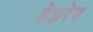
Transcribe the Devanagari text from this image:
हेझरेग